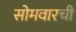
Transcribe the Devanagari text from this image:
सोमवारची